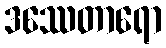
ဒဿေတာရော